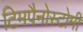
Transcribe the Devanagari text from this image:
टिमपैनोस्टोमी